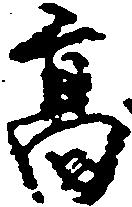
高